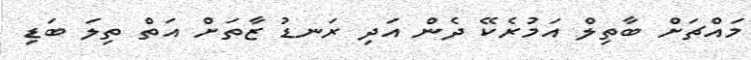
މައްޗަށް ބާތިލް އަމުރެކޭ ދެން އަދި ރަނޑު ޒާތަށް އަތް ތިލަ ބަޑި